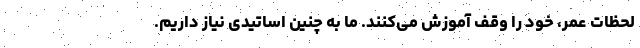
لحظات عمر، خود را وقف آموزش می‌کنند. ما به چنین اساتیدی نیاز داریم.